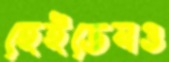
হেইডেনও